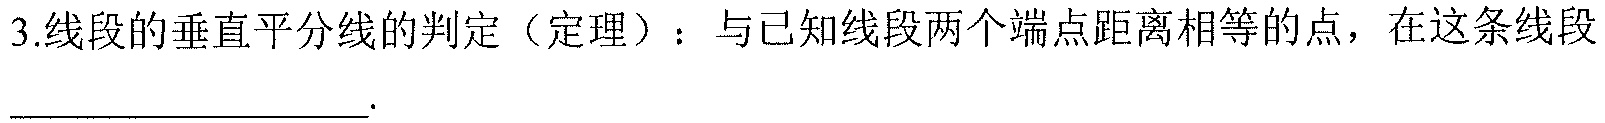
3.线段的垂直平分线的判定（定理）：与已知线段两个端点距离相等的点，在这条线段__________.